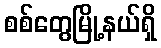
စစ်တွေမြို့နယ်ရှိ